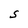
Character: S